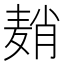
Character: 𬹈